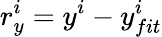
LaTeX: r_{y}^{i}=y^{i}-y_{fit}^{i}